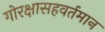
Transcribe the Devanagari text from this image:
गोरक्षासहवर्तमान